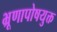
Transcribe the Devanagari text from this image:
भ्रूणापोषयुक्त